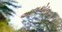
અલકોટના